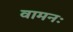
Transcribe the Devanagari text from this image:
वामनः